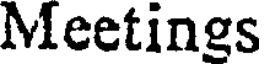
Meetings